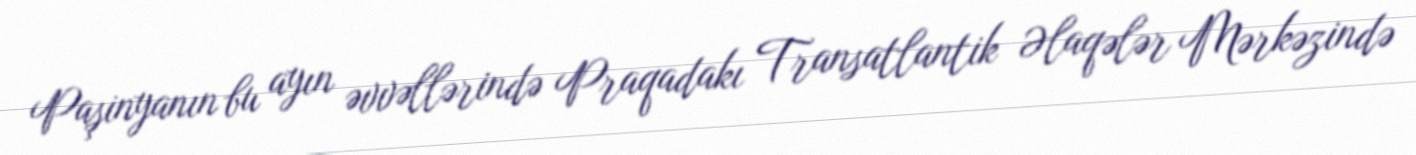
Paşinyanın bu ayın əvvəllərində Praqadakı Transatlantik Əlaqələr Mərkəzində